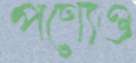
পণ্যেও